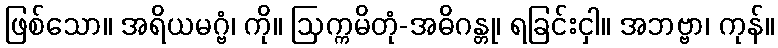
ဖြစ်သော။ အရိယမဂ္ဗံ၊ ကို။ ဩက္ကမိတုံ-အဓိဂန္တု၊ ရခြင်းငှါ။ အဘဗ္ဗာ၊ ကုန်။